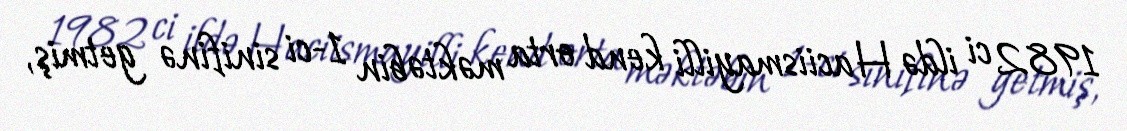
1982 ci ildə Haciismayilli kend orta məktəbin 1-ci sinifinə getmiş,